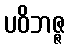
ပဝိဘဇ္ဇ